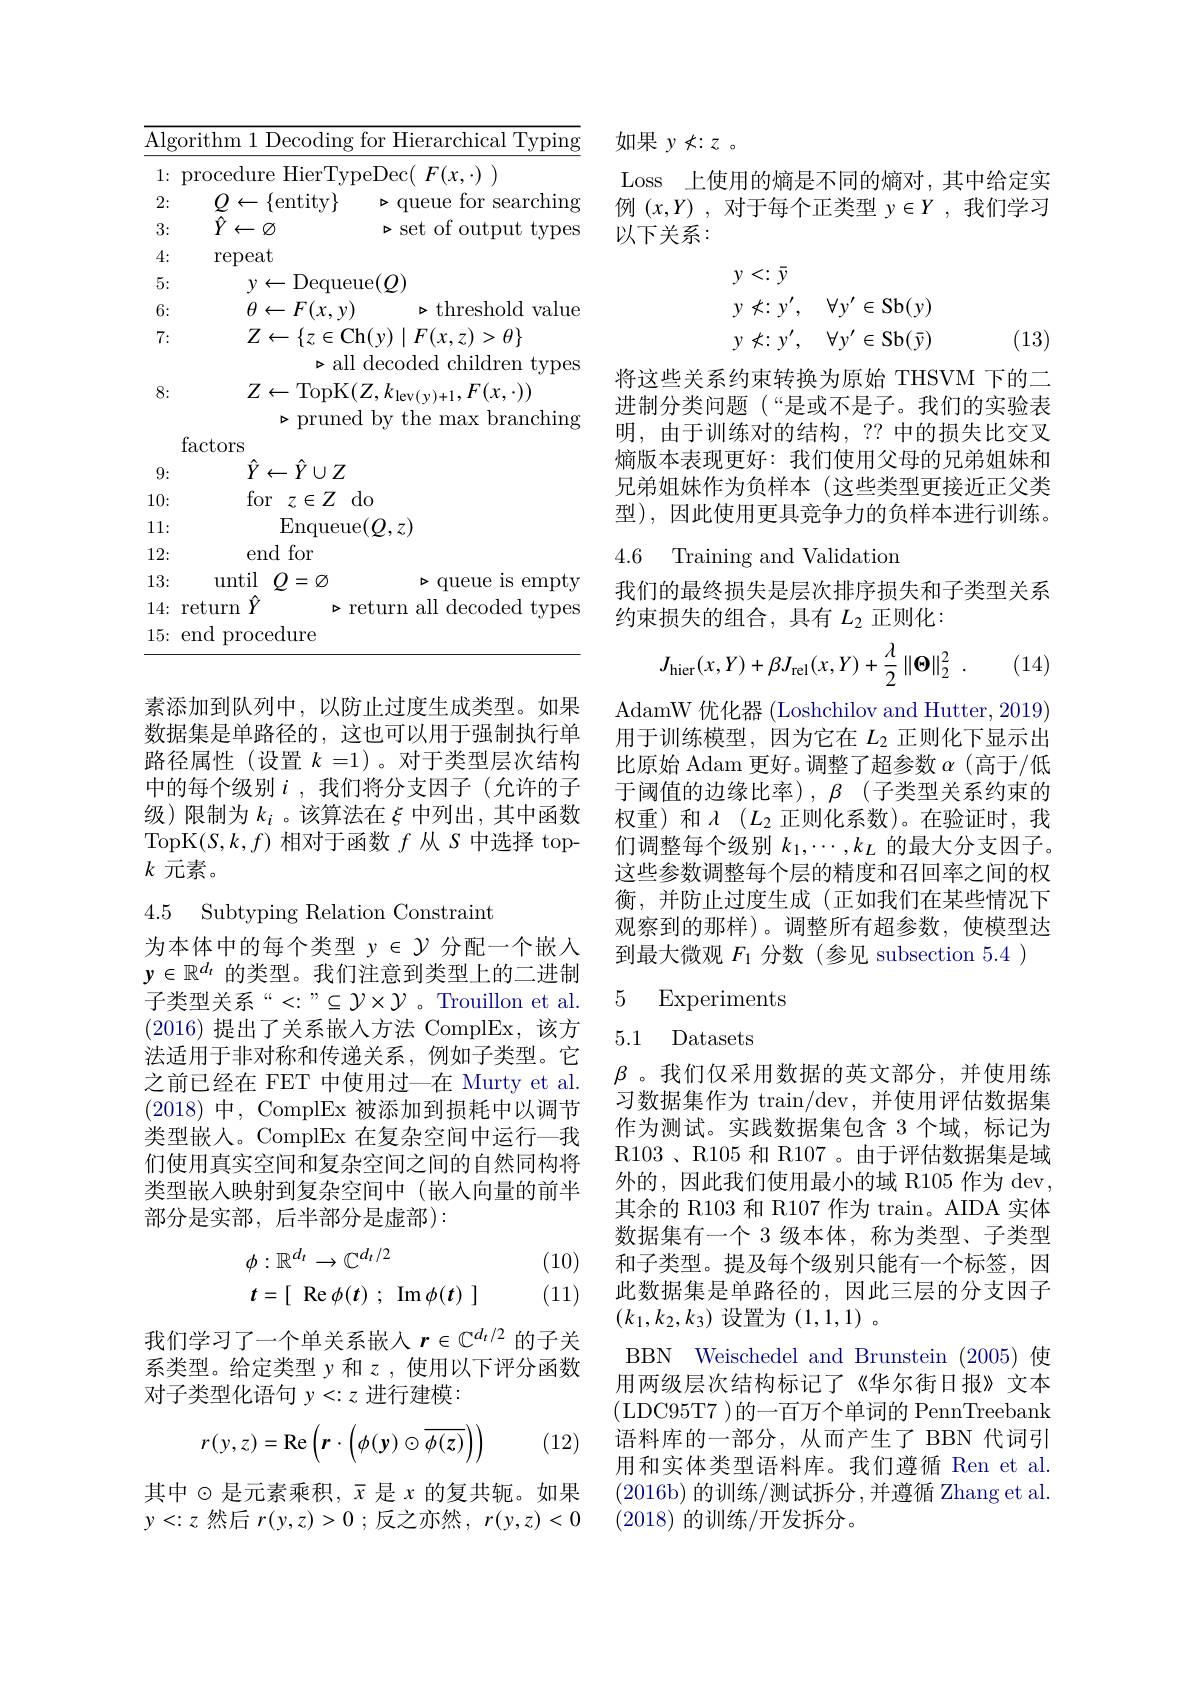
$\overline{\text{Algorithm 1 Decoding for Hierarchical Typing}}$
1{:} procedure HierTypeDec( $F(x,\cdot))$
2:
$\triangleright$queue for searching
$\underline{Q}\leftarrow\{$entity$\}$
3:
$\hat{Y}\leftarrow\varnothing$
$\triangleright$set of output types
4:
repeat
$y\leftarrow$Dequeue$(Q)$
5: 6:
$\theta\leftarrow F(x,y)$
$\triangleright$threshold value
7:
$Z\leftarrow\{z\in$Ch$(y)\mid F(x,z)>\theta\}$
$\triangleright$all decoded children types
8:
$Z\leftarrow$TopK$(Z,k_\mathrm{lev(y)+1},F(x,\cdot))$
$\triangleright$pruned by the max branching
factors
$\hat{Y}\leftarrow\hat{Y}\cup Z$
9:
for $z\in Z$ do
10: 11:
Enqueue$(Q,z)$
end for
12: 13:
until $Q=\varnothing$
$\triangleright$queue is empty
14: return $\hat{Y}$ > return all decoded types
15{:}end procedure

素添加到队列中，以防止过度生成类型。如果数据集是单路径的，这也可以用于强制执行单路径属性(设置$k=1)$。对于类型层次结构中的每个级别$i$ ,我们将分支因子(允许的子级)限制为$k_i$ 。该算法在$\xi$中列出，其中函数TopK$(S,k,f)$相对于函数$f$从$S$中选择 top- $k$元素。

## 4.5 Subtyping Relation Constraint

为本体中的每个类型$y\in\mathcal{Y}$分配一个嵌入$y\in\mathbb{R}^{d_t}$的类型。我们注意到类型上的二进制子类型关系“<:”$\subseteq \mathcal{Y} \times \mathcal{Y} $。Trouillon et al. (2016)提出了关系嵌入方法 ComplEx,该方法适用于非对称和传递关系，例如子类型。它之前已经在 FET 中使用过一在 Murty et al. (2018)中，ComplEx 被添加到损耗中以调节类型嵌入。ComplEx 在复杂空间中运行一我们使用真实空间和复杂空间之间的自然同构将类型嵌入映射到复杂空间中(嵌入向量的前半部分是实部，后半部分是虚部):

(10)
$$\begin{aligned}&\phi:\mathbb{R}^{d_{t}}\to\mathbb{C}^{d_{t}/2}\\&t=[\:\mathrm{Re}\:\phi(t)\:;\:\mathrm{Im}\:\phi(t)\:]\end{aligned}$$
(11)

我们学习了一个单关系嵌入$r\in\mathbb{C}^{d_t/2}$的子关系类型。给定类型 y 和$z$,使用以下评分函数对子类型化语句$y<:z$进行建模：
$$r(y,z)=\mathrm{Re}\left(\boldsymbol{r}\cdot\left(\phi(\boldsymbol{y})\odot\overline{\phi(\boldsymbol{z})}\right)\right)$$
(12)

其中$\odot$是元素乘积$,\bar{x}$ 是$x$ 的复共轭。如果$y<:z$然后$r(y,z)>0$ ;反之亦然$,r(y,z)<0$

如果$y\not<:z$。
Loss 上使用的熵是不同的熵对，其中给定实例$(x,Y)$ ,对于每个正类型$y\in Y$ ,我们学习以下关系：
$$\begin{array}{ll}y<:\bar{y}\\y\not<:y',&\forall y'\in\mathrm{Sb}(y)\\y\not<:y',&\forall y'\in\mathrm{Sb}(\bar{y})\end{array}$$
(13)

将这些关系约束转换为原始 THSVM 下的二进制分类问题(“是或不是子。我们的实验表明，由于训练对的结构，?? 中的损失比交叉熵版本表现更好：我们使用父母的兄弟姐妹和兄弟姐妹作为负样本(这些类型更接近正父类型),因此使用更具竞争力的负样本进行训练。

我们的最终损失是层次排序损失和子类型关系
约束损失的组合，具有$L_2$正则化：
$$J_{\mathrm{hier}}(x,Y)+\beta J_{\mathrm{rel}}(x,Y)+\frac{\lambda}{2}\left\|\boldsymbol{\Theta}\right\|_{2}^{2}\:.$$
(14)

AdamW 优化器 (Loshchilov and Hutter, 2019) 用于训练模型，因为它在$L_{2}$正则化下显示出比原始 Adam 更好。调整了超参数$\alpha$ (高于/低于阈值的边缘比率), $\beta$ (子类型关系约束的权重)和$\lambda(L_2$ 正则化系数)。在验证时，我们调整每个级别$k_1,\cdots,k_L$的最大分支因子。这些参数调整每个层的精度和召回率之间的权衡，并防止过度生成(正如我们在某些情况下观察到的那样)。调整所有超参数，使模型达到最大微观$F_{1}$分数(参见 subsection 5.4 )

5 Experiments

5.1 Datasets

$\beta$ 。我们仅采用数据的英文部分，并使用练习数据集作为 train/dev, 并使用评估数据集作为测试。实践数据集包含 3 个域，标记为R103 、R105 和 R107 。由于评估数据集是域外的，因此我们使用最小的域 R105 作为 dev, 其余的 R103 和 R107 作为 train。AIDA 实体数据集有一个 3 级本体，称为类型、子类型和子类型。提及每个级别只能有一个标签，因此数据集是单路径的，因此三层的分支因子$(k_1,k_2,k_3)$设置为(1,1,1) 。
BBN Weischedel and Brunstein (2005) 使用两级层次结构标记了《华尔街日报》文本(LDC95T7 )的一百万个单词的 PennTreebank 语料库的一部分，从而产生了 BBN 代词引用和实体类型语料库。我们遵循 Ren et al. (2016b)的训练/测试拆分，并遵循 Zhang et al. (2018)的训练/开发拆分。